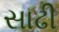
સાઢી